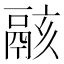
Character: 𩰶